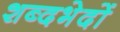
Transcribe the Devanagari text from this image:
शब्दभेदों